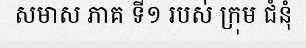
សមាស ភាគ ទី១ របស់ ក្រុម ជំនុំ